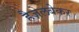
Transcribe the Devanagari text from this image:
हैज़ेलबेकर